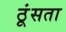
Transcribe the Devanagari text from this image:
ठूंसता